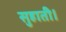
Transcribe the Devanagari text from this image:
सुहाती।